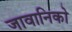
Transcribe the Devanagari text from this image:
जावानिको